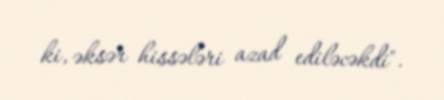
ki, əksər hissələri azad ediləcəkdi".